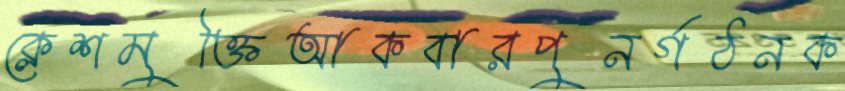
ক্লেশমুক্তিআকবারপুনর্গঠনক